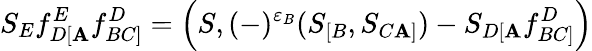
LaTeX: S_{E}f_{D[\mathbf{A}}^{E}f_{BC]}^{D}=\left(S,(-)^{\varepsilon_{B}}(S_{[B},S_{C\mathbf{A}]})-S_{D[\mathbf{A}}f_{BC]}^{D}\right)